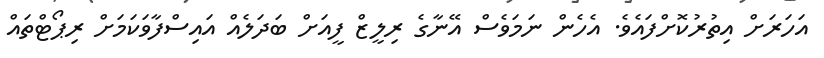
އަހަރަށް އިތުރުކޮށްފައެވެ. އެހެން ނަމަވެސް އޭނާގެ ރިލީޒް ފީއަށް ބަދަލެއް އައިސްފާވަކަމަށް ރިޕޯޓްތައް